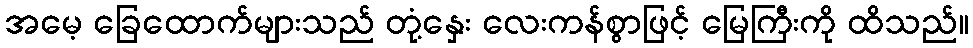
အမေ့ ခြေထောက်များသည် တုံ့နှေး လေးကန်စွာဖြင့် မြေကြီးကို ထိသည်။